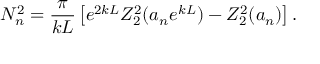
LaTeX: N _ { n } ^ { 2 } = \frac { \pi } { k L } \left[ e ^ { 2 k L } Z _ { 2 } ^ { 2 } ( a _ { n } e ^ { k L } ) - Z _ { 2 } ^ { 2 } ( a _ { n } ) \right] .